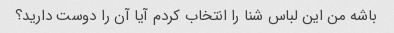
باشه من این لباس شنا را انتخاب کردم آیا آن را دوست دارید؟